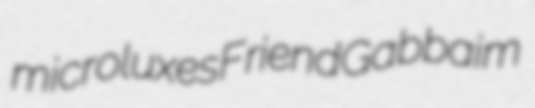
microluxes Friend Gabbaim